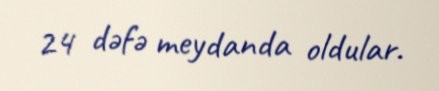
24 dəfə meydanda oldular.